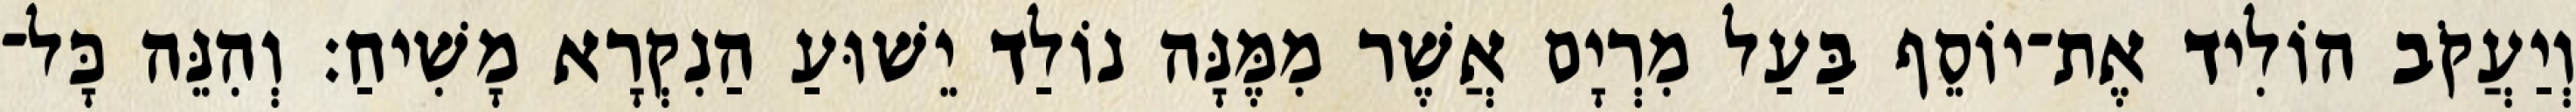
וְיַעֲקֹב הוֹלִיד אֶת־יוֹסֵף בַּעַל מִרְיָם אֲשֶׁר מִמֶּנָּה נוֹלַד יֵשׁוּעַ הַנִקְרָא מָשִׁיחַ׃ וְהִנֵּה כָּל־